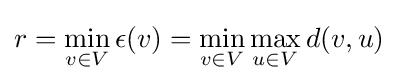
r=\min _{v\in V}\epsilon (v)=\min _{v\in V}\max _{u\in V}d(v,u)